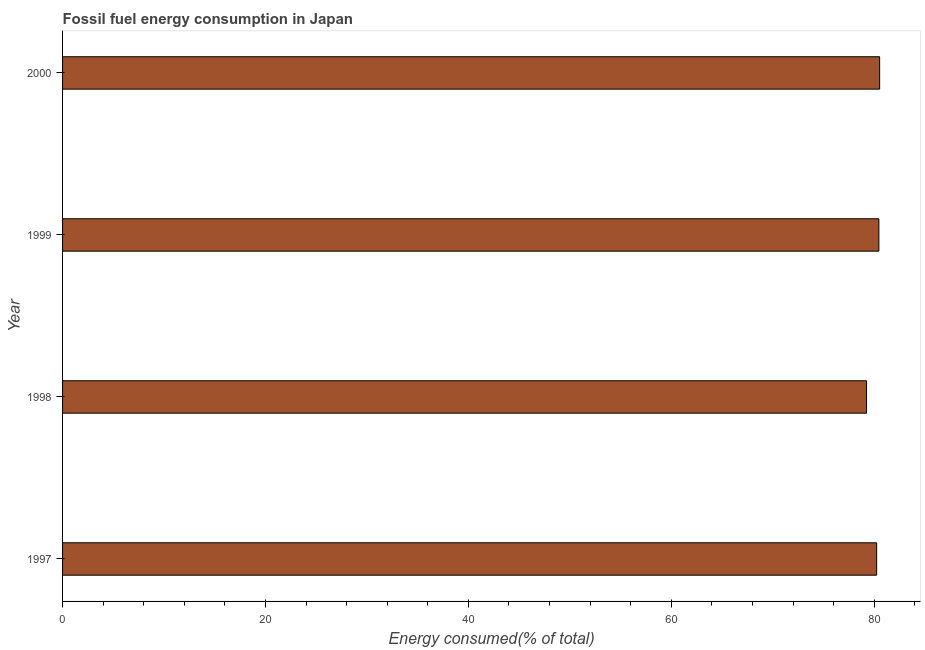
| Year | Fossil fuel energy consumption (% of total) |
 | --- | --- |
 | 1997 | 80.2 |
 | 1998 | 79.2 |
 | 1999 | 80.5 |
 | 2000 | 80.5 |